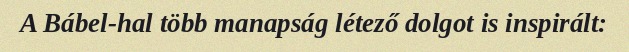
A Bábel-hal több manapság létező dolgot is inspirált: